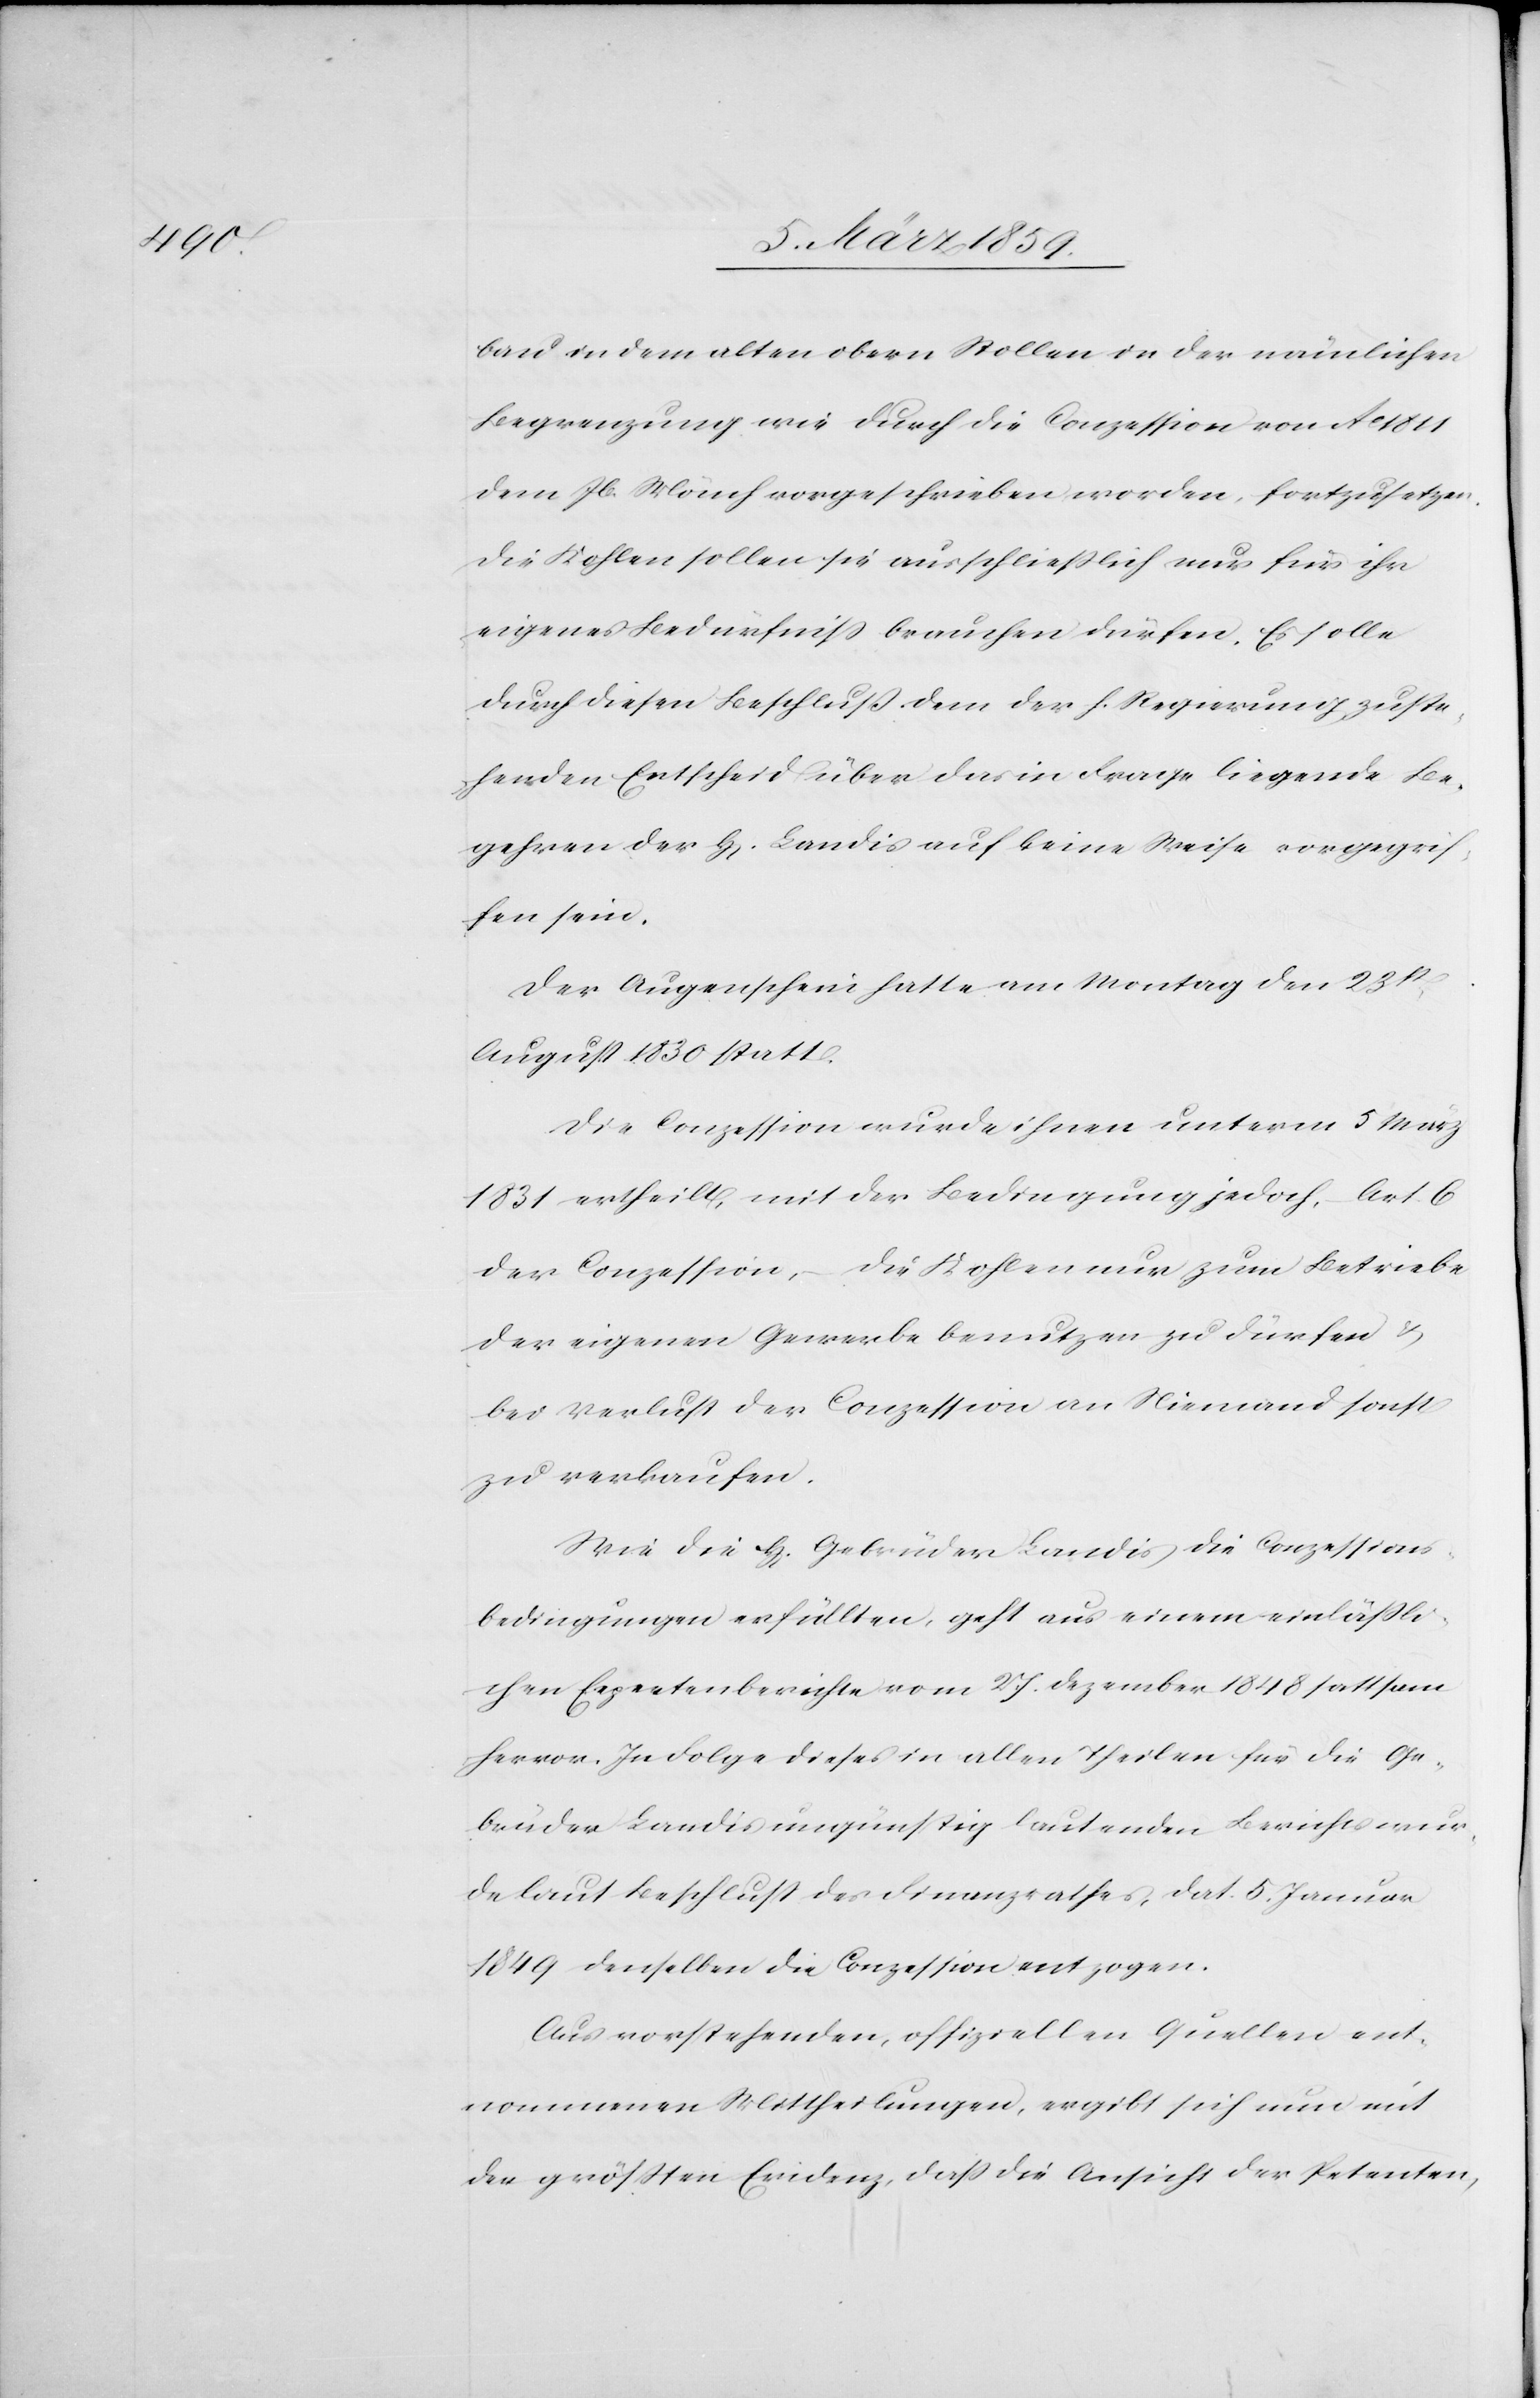
1811

bau in dem alten obern Stollen in der nämlichen
Begrenzung wie durch die Conzession von Ao
dem Jb. Mönch vorgeschrieben worden, fortzusetzen.
Die Kohlen sollen sie ausschließlich nur für ihr
eigenes Bedürfniß brauchen dürfen. Es solle
durch diesen Beschluß dem der h. Regierung zuste¬
henden Entscheid über das in Frage liegende Be¬
gehren der H[erren] Landis auf keine Weise vorgegrif¬
fen sein.
Der Augenschein hatte am Montag den 23st.
August 1830 statt.
Die Conzession wurde ihnen unterm 5 März
1831 ertheilt, mit der Bedingung jedoch, Art. 6
die Kohlen nur zum Betriebe
der Conzession,
der eigenen Gewerbe benutzen zu dürfen &
bei Verlust der Conzession an Niemand sonst
zu verkaufen.
Wie die H[erren] Gebrüder Landis die Conzessions¬
bedingungen erfüllten, geht aus einem einläßli¬
chen Expertenberichte vom 27. Dezember 1848 sattsam
hervor. In Folge dieses in allen Theilen für die Ge¬
brüder Landis ungünstig lautenden Berichts wur¬
de laut Beschluß des Finanzrathes, dat. 5. Januar
1849 denselben die Conzession entzogen.
Aus vorstehenden, offiziellen Quellen ent¬
nommenen Mittheilungen, ergibt sich nun mit
der größten Evidenz, daß die Ansicht der Petenten,